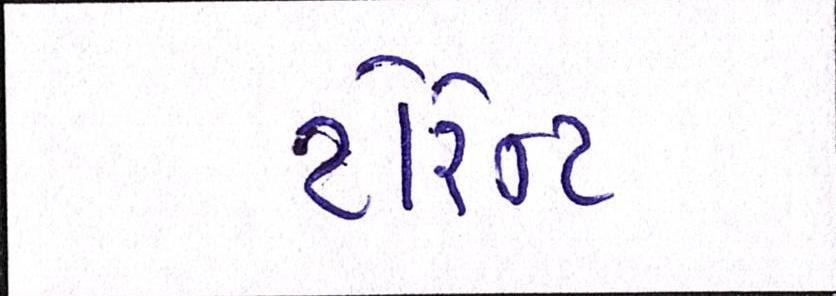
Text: ટોરેન્ટ